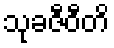
သုခဇီဝီတိ